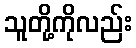
သူတို့ကိုလည်း